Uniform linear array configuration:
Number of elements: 4
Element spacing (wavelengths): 0.5
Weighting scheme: binomial
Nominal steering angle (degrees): -45
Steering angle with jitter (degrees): -45.953
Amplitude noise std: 0.05
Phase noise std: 0.05

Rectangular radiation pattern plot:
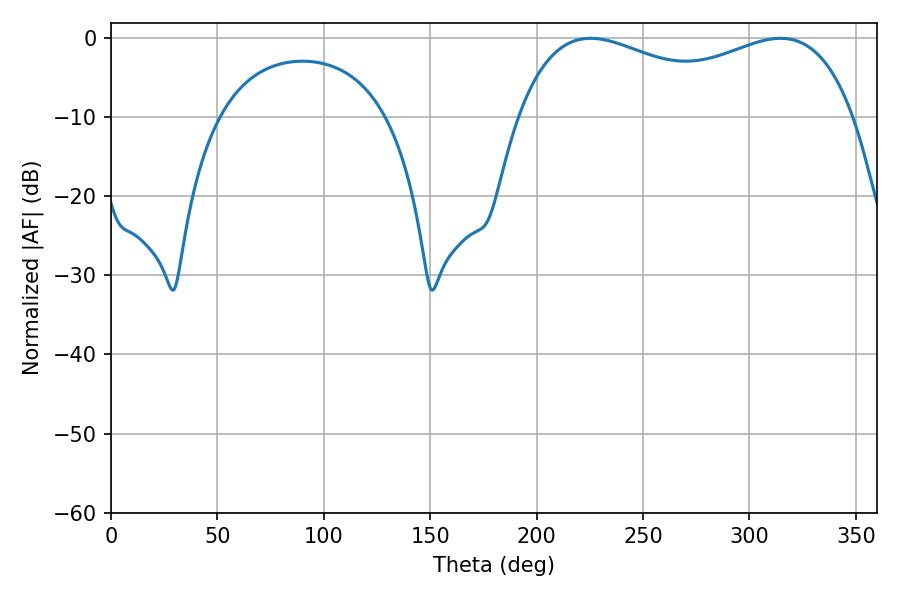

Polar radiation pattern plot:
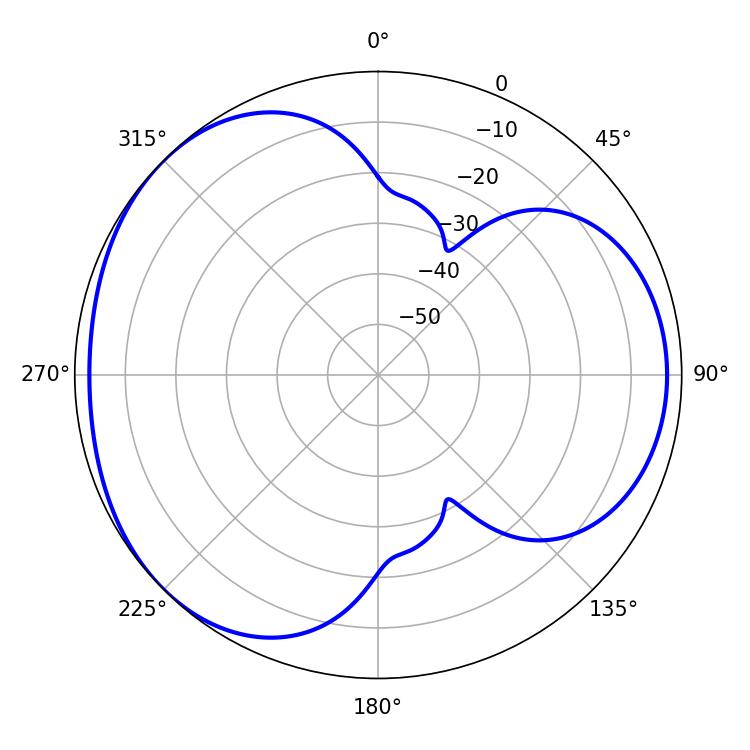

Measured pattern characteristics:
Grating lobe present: FALSE
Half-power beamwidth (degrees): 130.68
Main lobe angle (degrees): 225.36